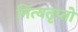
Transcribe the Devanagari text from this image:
नित्यतृप्तो